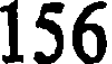
156